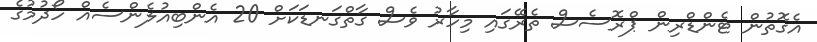
އެގޮތުން ޓެންޑްރިން ޕްރޮސެސް ތެރޭގައި މިހާރު ވެސް ގާތްގަނޑަކަށް 20 އެންބިއުލެންސެއް ހޯދުމުގެ